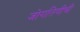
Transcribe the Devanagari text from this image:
जोगतिणीची